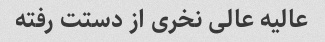
عالیه عالی نخری از دستت رفته